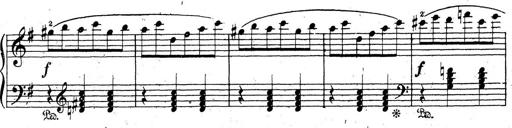
Title: 10 Sonatinas
Composer: Fritz Spindler